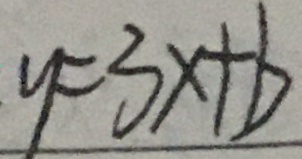
y = 3 x + b